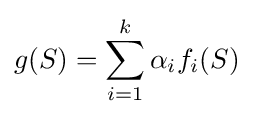
g(S)=\sum _{i=1}^{k}\alpha _{i}f_{i}(S)